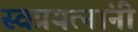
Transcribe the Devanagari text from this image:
स्वप्रयत्‍नांनी